Indian journal of veterinary science and animal husbandry - Volume 2,
Year: 1932
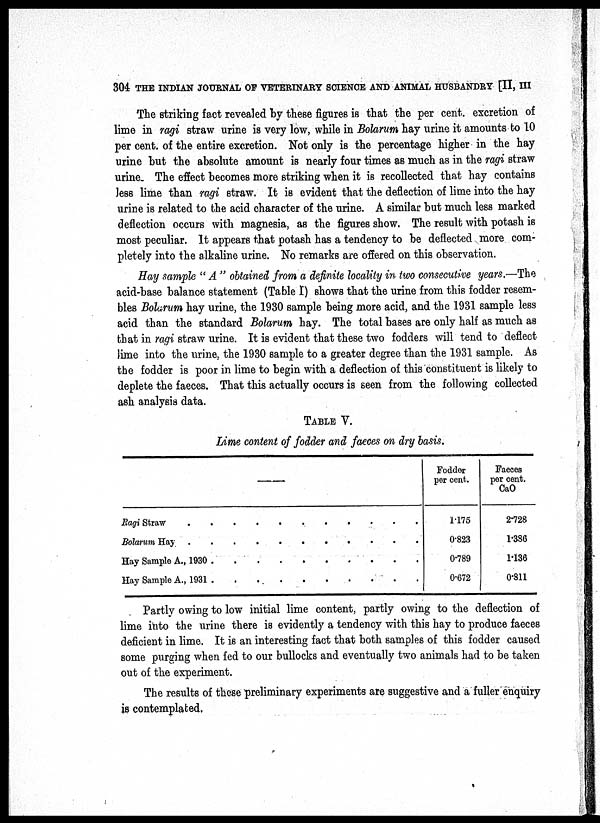
304 THE INDIAN JOURNAL OF VETERINARY SCIENCE AND ANIMAL HUSBANDRY [II, III
The striking fact revealed by these figures is that the per cent. excretion of
lime in ragi straw urine is very low, while in Bolarum hay urine it amounts to 10
per cent. of the entire excretion. Not only is the percentage higher in the hay
urine but the absolute amount is nearly four times as much as in the ragi straw
urine. The effect becomes more striking when it is recollected that hay contains
less lime than ragi straw. It is evident that the deflection of lime into the hay
urine is related to the acid character of the urine. A similar but much less marked
deflection occurs with magnesia, as the figures show. The result with potash is
most peculiar. It appears that potash has a tendency to be deflected more com-
pletely into the alkaline urine. No remarks are offered on this observation.
Hay sample " A " obtained from a definite locality in two consecutive years.—The
acid-base balance statement (Table I) shows that the urine from this fodder resem-
bles Bolarum hay urine, the 1930 sample being more acid, and the 1931 sample less
acid than the standard Bolarum hay. The total bases are only half as much as
that in ragi straw urine. It is evident that these two fodders will tend to deflect
lime into the urine, the 1930 sample to a greater degree than the 1931 sample. As
the fodder is poor in lime to begin with a deflection of this constituent is likely to
deplete the faeces. That this actually occurs is seen from the following collected
ash analysis data.
TABLE V.
Lime content of fodder and faeces on dry basis.
—
Ragi Straw . .
Bolarum Hay .
Hay Sample A., 1930
Hay sample A., 1931
.
.
.
.
.
.
.
.
.
.
.
.
.
.
.
.
.
.
.
.
.
.
.
.
.
.
.
.
.
.
.
.
.
.
.
.
.
.
.
.
Fodder
per cent.
1.175
0.823
0.789
0.672
Faeces
per cent.
CaO
2.728
1.386
1.136
0.811
Partly owing to low initial lime content, partly owing to the deflection of
lime into the urine there is evidently a tendency with this hay to produce faeces
deficient in lime. It is an interesting fact that both samples of this fodder caused
some purging when fed to our bullocks and eventually two animals had to be taken
out of the experiment.
The results of these preliminary experiments are suggestive and a fuller enquiry
is contemplated.